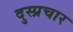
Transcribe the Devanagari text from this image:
दुस्प्रचार